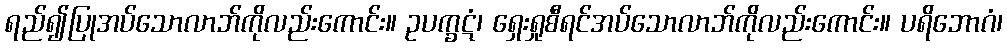
ရည်၍ပြုအပ်သောလာဘ်ကိုလည်းကောင်း။ ဥပက္ခဋံ၊ ရှေးရှုစီရင်အပ်သောလာဘ်ကိုလည်းကောင်း။ ပရိဘောဂံ၊